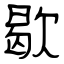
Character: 歇